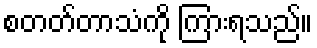
စတတ်တာသံကို ကြားရသည်။